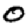
Digit: 0